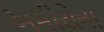
અમીરોના